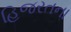
હિજરતના